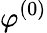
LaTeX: \varphi^{(0)}